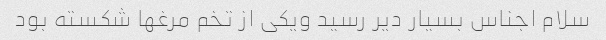
سلام اجناس بسیار دیر رسید ویکی از تخم مرغها شکسته بود